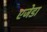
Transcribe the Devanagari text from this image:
एजेडा